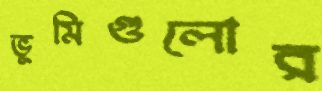
ভূমিগুলোর